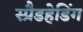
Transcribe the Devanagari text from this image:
स्प्रैडहेडिंग